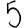
Digit: 5